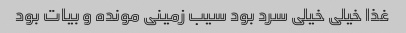
غذا خیلی خیلی سرد بود سیب زمینی مونده و بیات بود